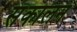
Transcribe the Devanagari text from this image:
संकालन